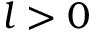
l > 0